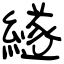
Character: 繸